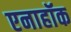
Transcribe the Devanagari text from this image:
एनाहॉक